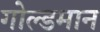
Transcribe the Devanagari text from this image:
गोल्डमान